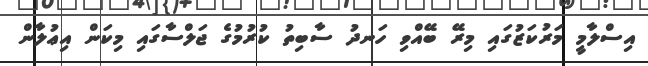
އިސްލާމީ މަރުކަޒުގައި މިރޭ ބޭއްވި ހަނދު ސާބިތު ކުރުމުގެ ޖަލްސާގައި މިކަން އިޢުލާން